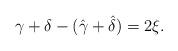
LaTeX: \begin{align*}\gamma+\delta-(\hat{\gamma}+\hat{\delta}) = 2 \xi .\end{align*}